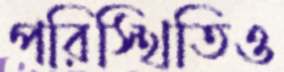
পরিস্থিতিও